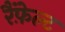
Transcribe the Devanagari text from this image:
रैंफ़ेल्ट